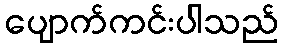
ပျောက်ကင်းပါသည်